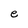
Character: e